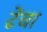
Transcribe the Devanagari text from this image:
ढेंचा